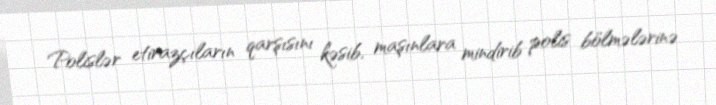
Polislər etirazçıların qarşısını kəsib, maşınlara mindirib polis bölmələrinə